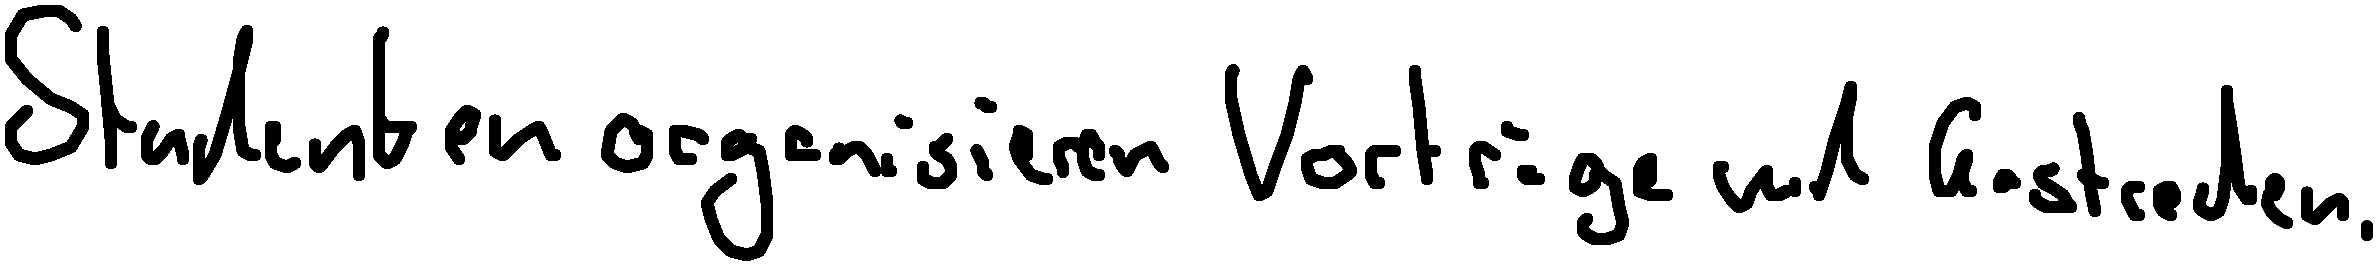
Studenten organisieren Vorträge und Gastreden.